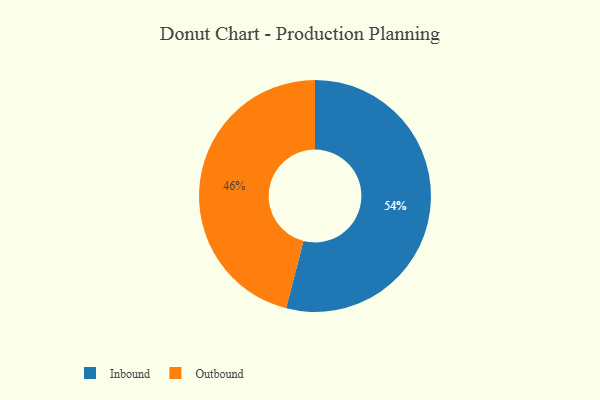
{"axis": {"x": "Category", "y": "Percentage"}, "legend": ["Inbound", "Outbound"], "data": [{"x": "Outbound", "y": 46, "type": "Outbound"}, {"x": "Inbound", "y": 54, "type": "Inbound"}]}